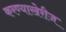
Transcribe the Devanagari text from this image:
करण्याखेरीज